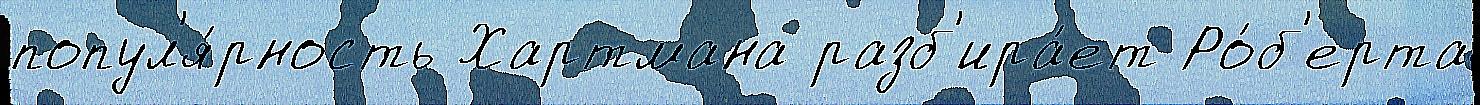
попул'я́рность Хартмана разб'ира́ет Ро́б'ерта